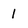
Character: 1